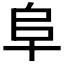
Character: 阜